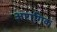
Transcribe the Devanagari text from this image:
अंष्टागिक